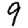
Digit: 9